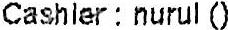
CASHIER : NURUL ()